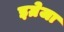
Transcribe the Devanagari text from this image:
इग्रेजा